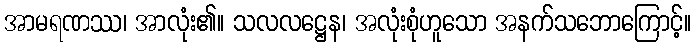
အာမရဏဿ၊ အာလုံး၏။ သလလဋ္ဌေန၊ အလုံးစုံဟူသော အနက်သဘောကြောင့်။